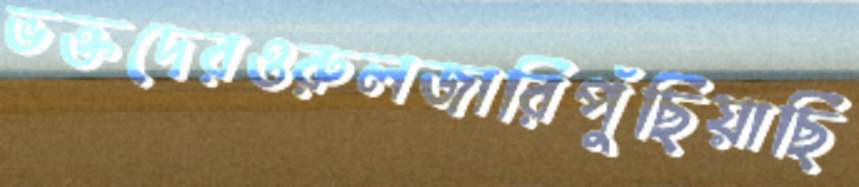
ভক্তদেরওরুলজারিপুঁছিয়াছি